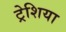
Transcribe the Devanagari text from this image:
ट्रेशिया